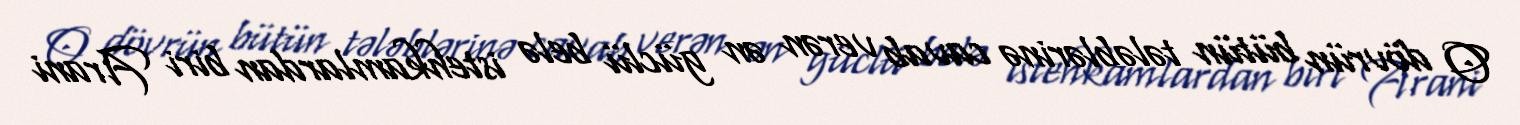
O dövrün bütün tələblərinə cavab verən ən güclü belə istehkamlardan biri Arani